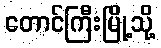
တောင်ကြီးမြို့သို့